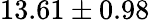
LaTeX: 13.61\pm 0.98